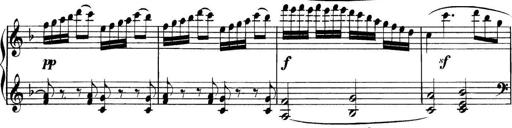
Title: Collected Piano Sonatas
Composer: Muzio Clementi